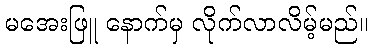
မအေးဖြူ နောက်မှ လိုက်လာလိမ့်မည်။